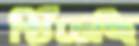
খিঁচেছি